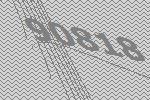
90818